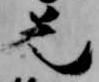
先